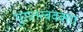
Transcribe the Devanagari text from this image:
पुरातत्ववक्ता